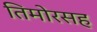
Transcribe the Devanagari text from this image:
तिमोरसह